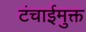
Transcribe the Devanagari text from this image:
टंचाईमुक्त